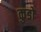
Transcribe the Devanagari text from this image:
कुडों